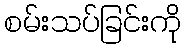
စမ်းသပ်ခြင်းကို